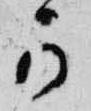
可